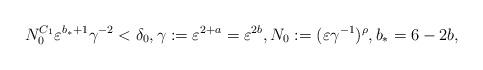
LaTeX: \begin{align*}N_0^{C_1} \varepsilon^{b_*+1} \gamma^{-2}<\delta_0, \gamma:=\varepsilon^{2+a}=\varepsilon^{2 b}, N_0:=(\varepsilon\gamma^{-1})^{\rho}, b_*=6- 2 b,\end{align*}